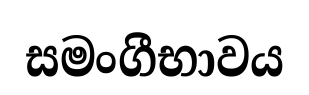
සමංගීභාවය